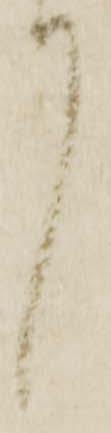
中